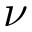
\nu